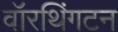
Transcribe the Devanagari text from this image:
वॉरथिंगटन